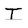
Character: T